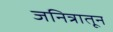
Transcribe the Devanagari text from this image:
जनित्रातून